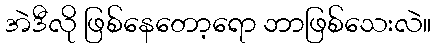
အဲဒီလို ဖြစ်နေတော့ရော ဘာဖြစ်သေးလဲ။